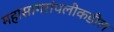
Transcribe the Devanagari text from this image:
महासागरांपलीकडील